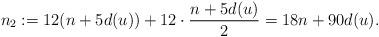
LaTeX: \begin{align*} n_2 := 12(n+5d(u))+12\cdot\frac{n+5d(u)}{2} = 18n+90d(u). \end{align*}